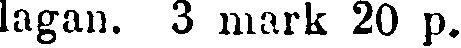
lagan. 3 mark 20 p.